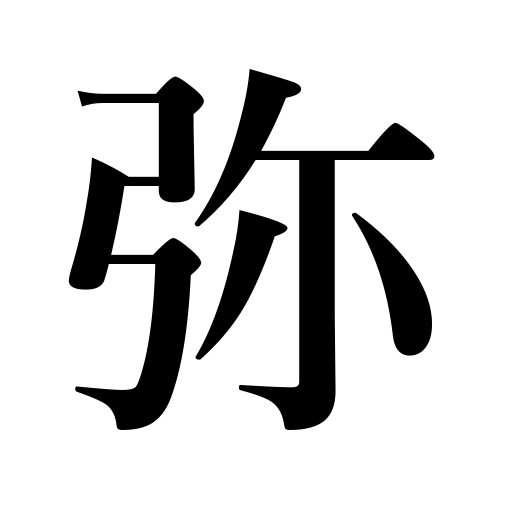
Meanings: increasingly,all the more